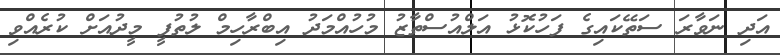
އަދި ނަވާރަ ސަތޭކައިގެ ފަހުކޮޅު އަލްއުސްތާޒު މުހުއްމަދު އިބްރާހިމް ލުތުފީ މީދުއަށް ކުރެއްވި